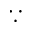
\because